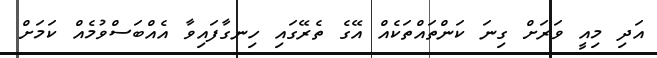
އަދި މިއީ ވަރަށް ގިނަ ކަންތައްތަކެއް އޭގެ ތެރޭގައި ހިނގާފައިވާ އެއްބަސްވުމެއް ކަމަށް